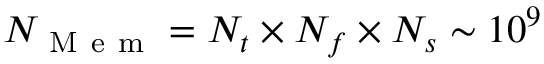
N _ { \mathrm { ~ M ~ e ~ m ~ } } = N _ { t } \times N _ { f } \times N _ { s } \sim 1 0 ^ { 9 }